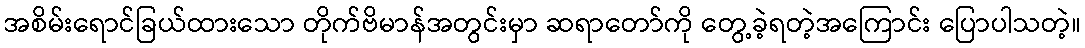
အစိမ်းရောင်ခြယ်ထားသော တိုက်ဗိမာန်အတွင်းမှာ ဆရာတော်ကို တွေ့ခဲ့ရတဲ့အကြောင်း ပြောပါသတဲ့။